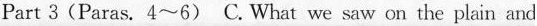
Part 3(Paras. 4~6) C.What we saw on the plain and